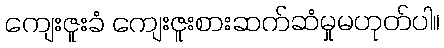
ကျေးဇူးခံ ကျေးဇူးစားဆက်ဆံမှုမဟုတ်ပါ။